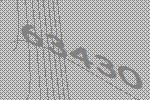
63430